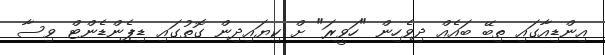
އިންޑިއާގައި ތިބޭ ބައެއް ދިވެހިން "ހަވީރަ" ށް ކިޔައިދިން ގޮތުގައި ޑިޕެންޑެންޓް ވިސާ